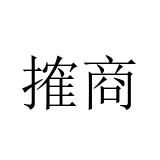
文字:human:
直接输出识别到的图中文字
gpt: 搉商